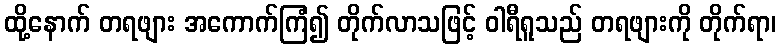
ထို့နောက် တရဖျား အကောက်ကြံ၍ တိုက်လာသဖြင့် ဝါရီရူသည် တရဖျားကို တိုက်ရာ၊